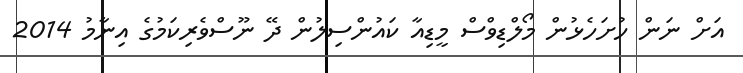
އަށް ނަން ހުށަހެޅުން މޯލްޑިވްސް މީޑިއާ ކައުންސިލުން ދޭ ނޫސްވެރިކަމުގެ އިނާމު 2014